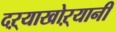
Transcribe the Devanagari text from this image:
दऱ्याखोऱ्यानी